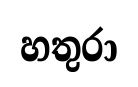
හතුරා